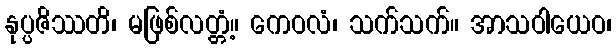
နုပ္ပဇိဿတိ၊ မဖြစ်လတ္တံ့။ ကေဝလံ၊ သက်သက်။ အာသဝါယေဝ၊